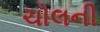
ચોલની